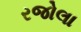
રજોલા